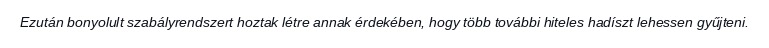
Ezután bonyolult szabályrendszert hoztak létre annak érdekében, hogy több további hiteles hadíszt lehessen gyűjteni.